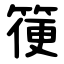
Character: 箯